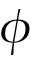
\phi